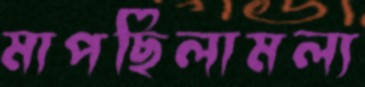
মাপছিলামল্য